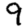
Digit: 9